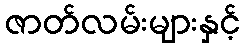
ဇာတ်လမ်းများနှင့်